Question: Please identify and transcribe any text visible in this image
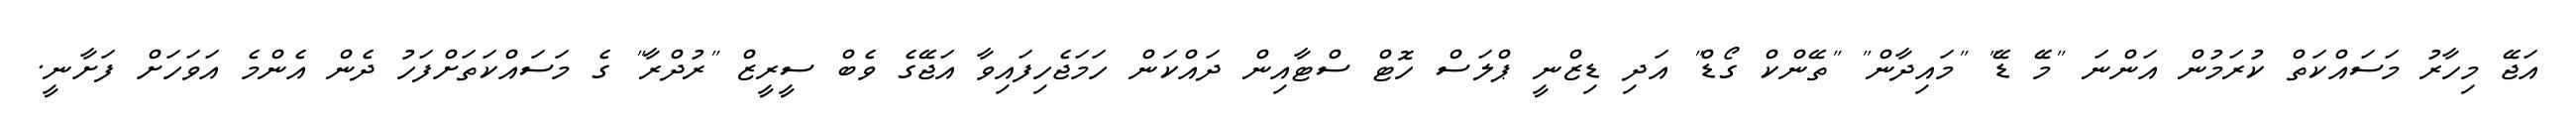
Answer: އަޖޭ މިހާރު މަސައްކަތް ކުރަމުން އަންނަ "މޭ ޑޭ" "މައިދާން" "ތޭންކް ގޯޑް" އަދި ޑިޒްނީ ޕްލަސް ހޮޓް ސްޓާއިން ދައްކަން ހަމަޖެހިފައިވާ އަޖޭގެ ވެބް ސީރީޒް "ރުދްރާ" ގެ މަސައްކަތަށްފަހު ދެން އެންމެ އަވަހަށް ފަށާނީ.